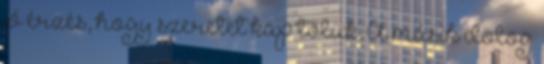
jó érzés, hogy szeretet kap tőlük. A másik dolog